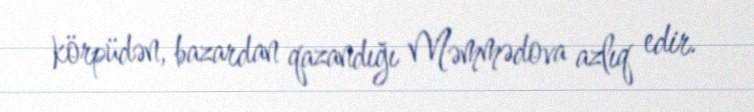
körpüdən, bazardan qazandığı Məmmədova azlıq edir.